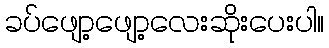
ခပ်ဖျော့ဖျော့လေးဆိုးပေးပါ။